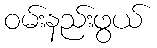
ဝမ်းနည်းဖွယ်